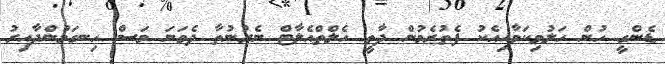
ޑެންގީ ހުން ހަލުވިކަމާއިއެކު ފެތުރެމުން ދާތީ ހެލްތްއެލާޓް ނެރުނުތާ ދެވަނަ މަސް ހިނގަމުންދާއިރު